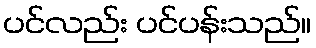
ပင်လည်း ပင်ပန်းသည်။